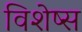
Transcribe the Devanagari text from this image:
विशेष्स